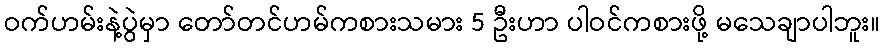
ဝက်ဟမ်းနဲ့ပွဲမှာ တော်တင်ဟမ်ကစားသမား 5 ဦးဟာ ပါဝင်ကစားဖို့ မသေချာပါဘူး။